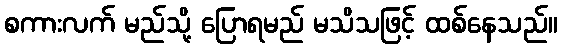
စကားလက် မည်သို့ ပြောရမည် မသိသဖြင့် ထစ်နေသည်။